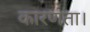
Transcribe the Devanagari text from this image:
कारणता।